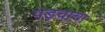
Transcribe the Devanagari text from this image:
पड़चाचा